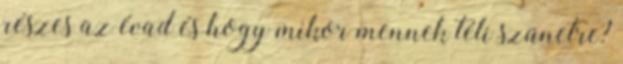
részes az évad és hogy mikor mennek téli szünetre?